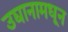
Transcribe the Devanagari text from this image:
उद्यानामधून